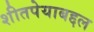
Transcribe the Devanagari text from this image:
शीतपेयाबद्दल